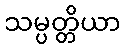
သမ္ပတ္တိယာ